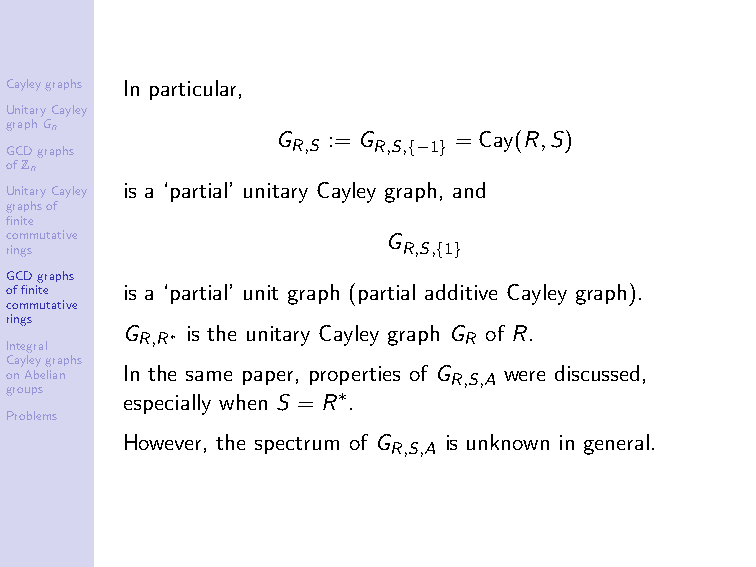
Cayleygraphs In particular,
 UnitaryCayley
 graphGn
 G   := G    = Cay(R,S)
 R,S   R,S,{−1}
 GCDgraphs
 ofZn
 UnitaryCayley is a ‘partial’ unitary Cayley graph, and
 graphsof
 finite
 commutative               G
 rings                      R,S,{1}
 GCDgraphs
 offinite is a ‘partial’ unit graph (partial additive Cayley graph).
 commutative
 rings
 G   is the unitary Cayley graph G of R.
 R,R∗                  R
 Integral
 Cayleygraphs
 onAbelian In the same paper, properties of G R,S,A were discussed,
 groups  especially when S = R∗.
 Problems
 However, the spectrum of G is unknown in general.
 R,S,A